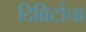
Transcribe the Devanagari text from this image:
दिब्रिटोंचा